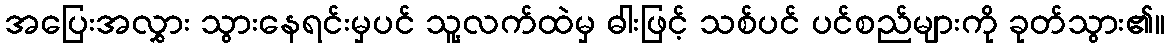
အပြေးအလွှား သွားနေရင်းမှပင် သူ့လက်ထဲမှ ဓါးဖြင့် သစ်ပင် ပင်စည်များကို ခုတ်သွား၏။